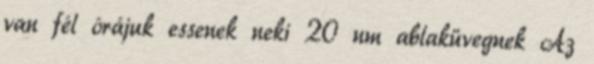
van fél órájuk essenek neki 20 nm ablaküvegnek Az